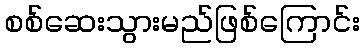
စစ်ဆေးသွားမည်ဖြစ်ကြောင်း